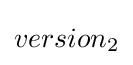
version_{2}